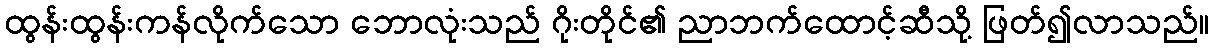
ထွန်းထွန်းကန်လိုက်သော ဘောလုံးသည် ဂိုးတိုင်၏ ညာဘက်ထောင့်ဆီသို့ ဖြတ်၍လာသည်။